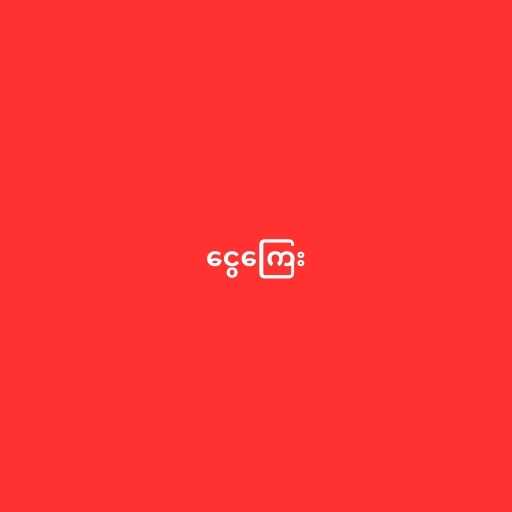
ငွေကြေး